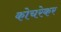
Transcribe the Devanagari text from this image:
कोचरेकर